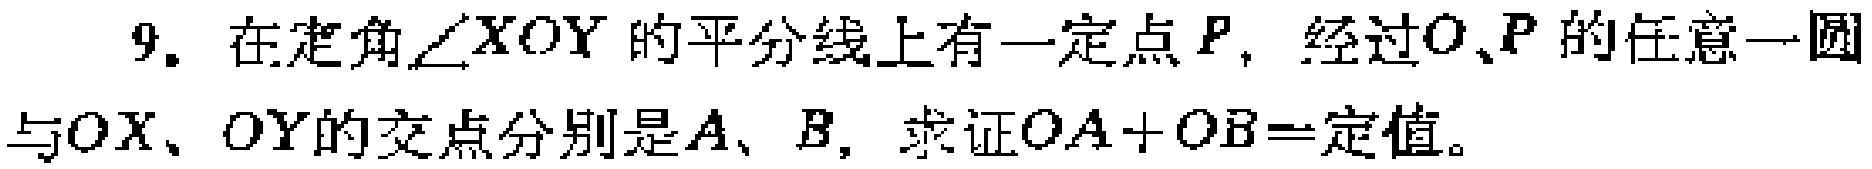
9. 在定角\(\angle XOY\)的平分线上有一定点\(P\)，经过\(O\)、\(P\)的任意一圆与\(OX\)、\(OY\)的交点分别是\(A\)、\(B\)，求证\(OA + OB=\)定值。